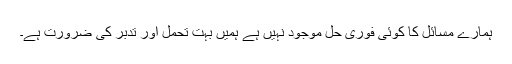
ہمارے مسائل کا کوئی فوری حل موجود نہیں ہے ہمیں بہت تحمل اور تدبر کی ضرورت ہے۔